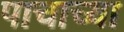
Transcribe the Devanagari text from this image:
पाचाच्या